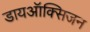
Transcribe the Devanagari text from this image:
डायऑक्सिजन